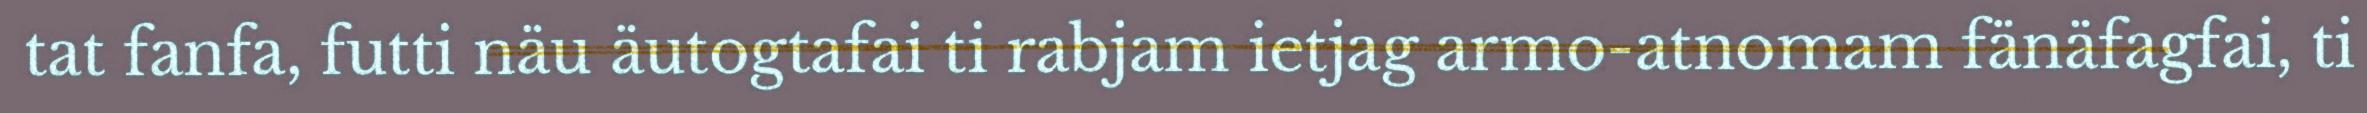
tat fanfa, futti näu äutogtafai ti rabjam ietjag armo-atnomam fänäfagfai, ti